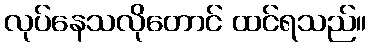
လုပ်နေသလိုတောင် ထင်ရသည်။